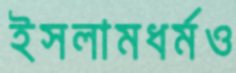
ইসলামধর্মও